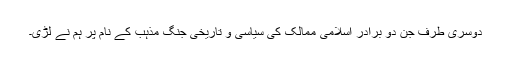
دوسری طرف جن دو برادر اسلامی ممالک کی سیاسی و تاریخی جنگ مذہب کے نام پر ہم نے لڑی۔